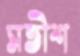
সতীশ